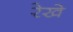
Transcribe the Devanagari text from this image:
रेखे